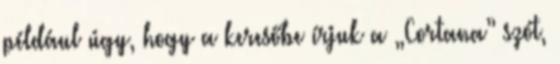
például úgy, hogy a keresőbe írjuk a „Cortana” szót,